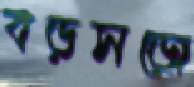
বড়সড়ো